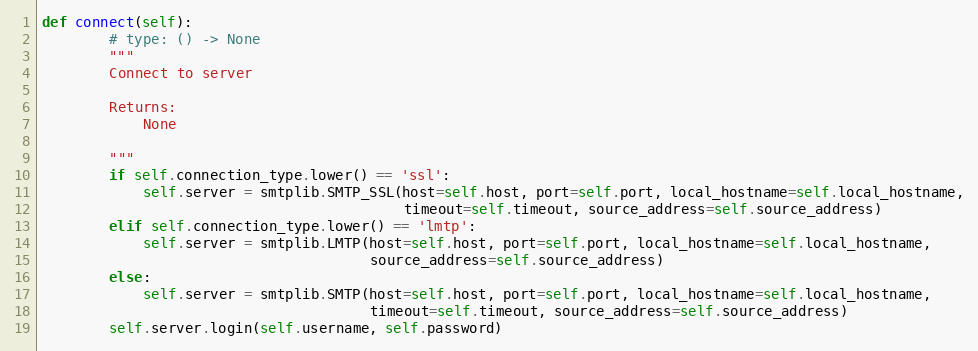
Language: Python
def connect(self):
        # type: () -> None
        """
        Connect to server

        Returns:
            None

        """
        if self.connection_type.lower() == 'ssl':
            self.server = smtplib.SMTP_SSL(host=self.host, port=self.port, local_hostname=self.local_hostname,
                                           timeout=self.timeout, source_address=self.source_address)
        elif self.connection_type.lower() == 'lmtp':
            self.server = smtplib.LMTP(host=self.host, port=self.port, local_hostname=self.local_hostname,
                                       source_address=self.source_address)
        else:
            self.server = smtplib.SMTP(host=self.host, port=self.port, local_hostname=self.local_hostname,
                                       timeout=self.timeout, source_address=self.source_address)
        self.server.login(self.username, self.password)